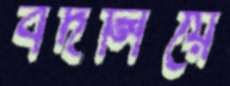
বদলিয়ে